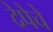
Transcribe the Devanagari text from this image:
देपेचे